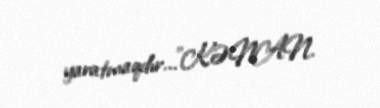
yaratmaqdır...”KƏNAN.